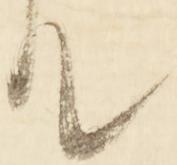
て